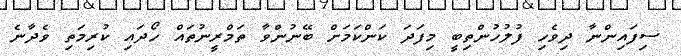
ސިފައިންނާ ދިވެހި ފުލުހުންތިބީ މިފަދަ ކަންކަމަށް ބޭނުންވާ ތަމްރީނުތައް ހޯދައި ކުރިމަތި ވެދާނެ